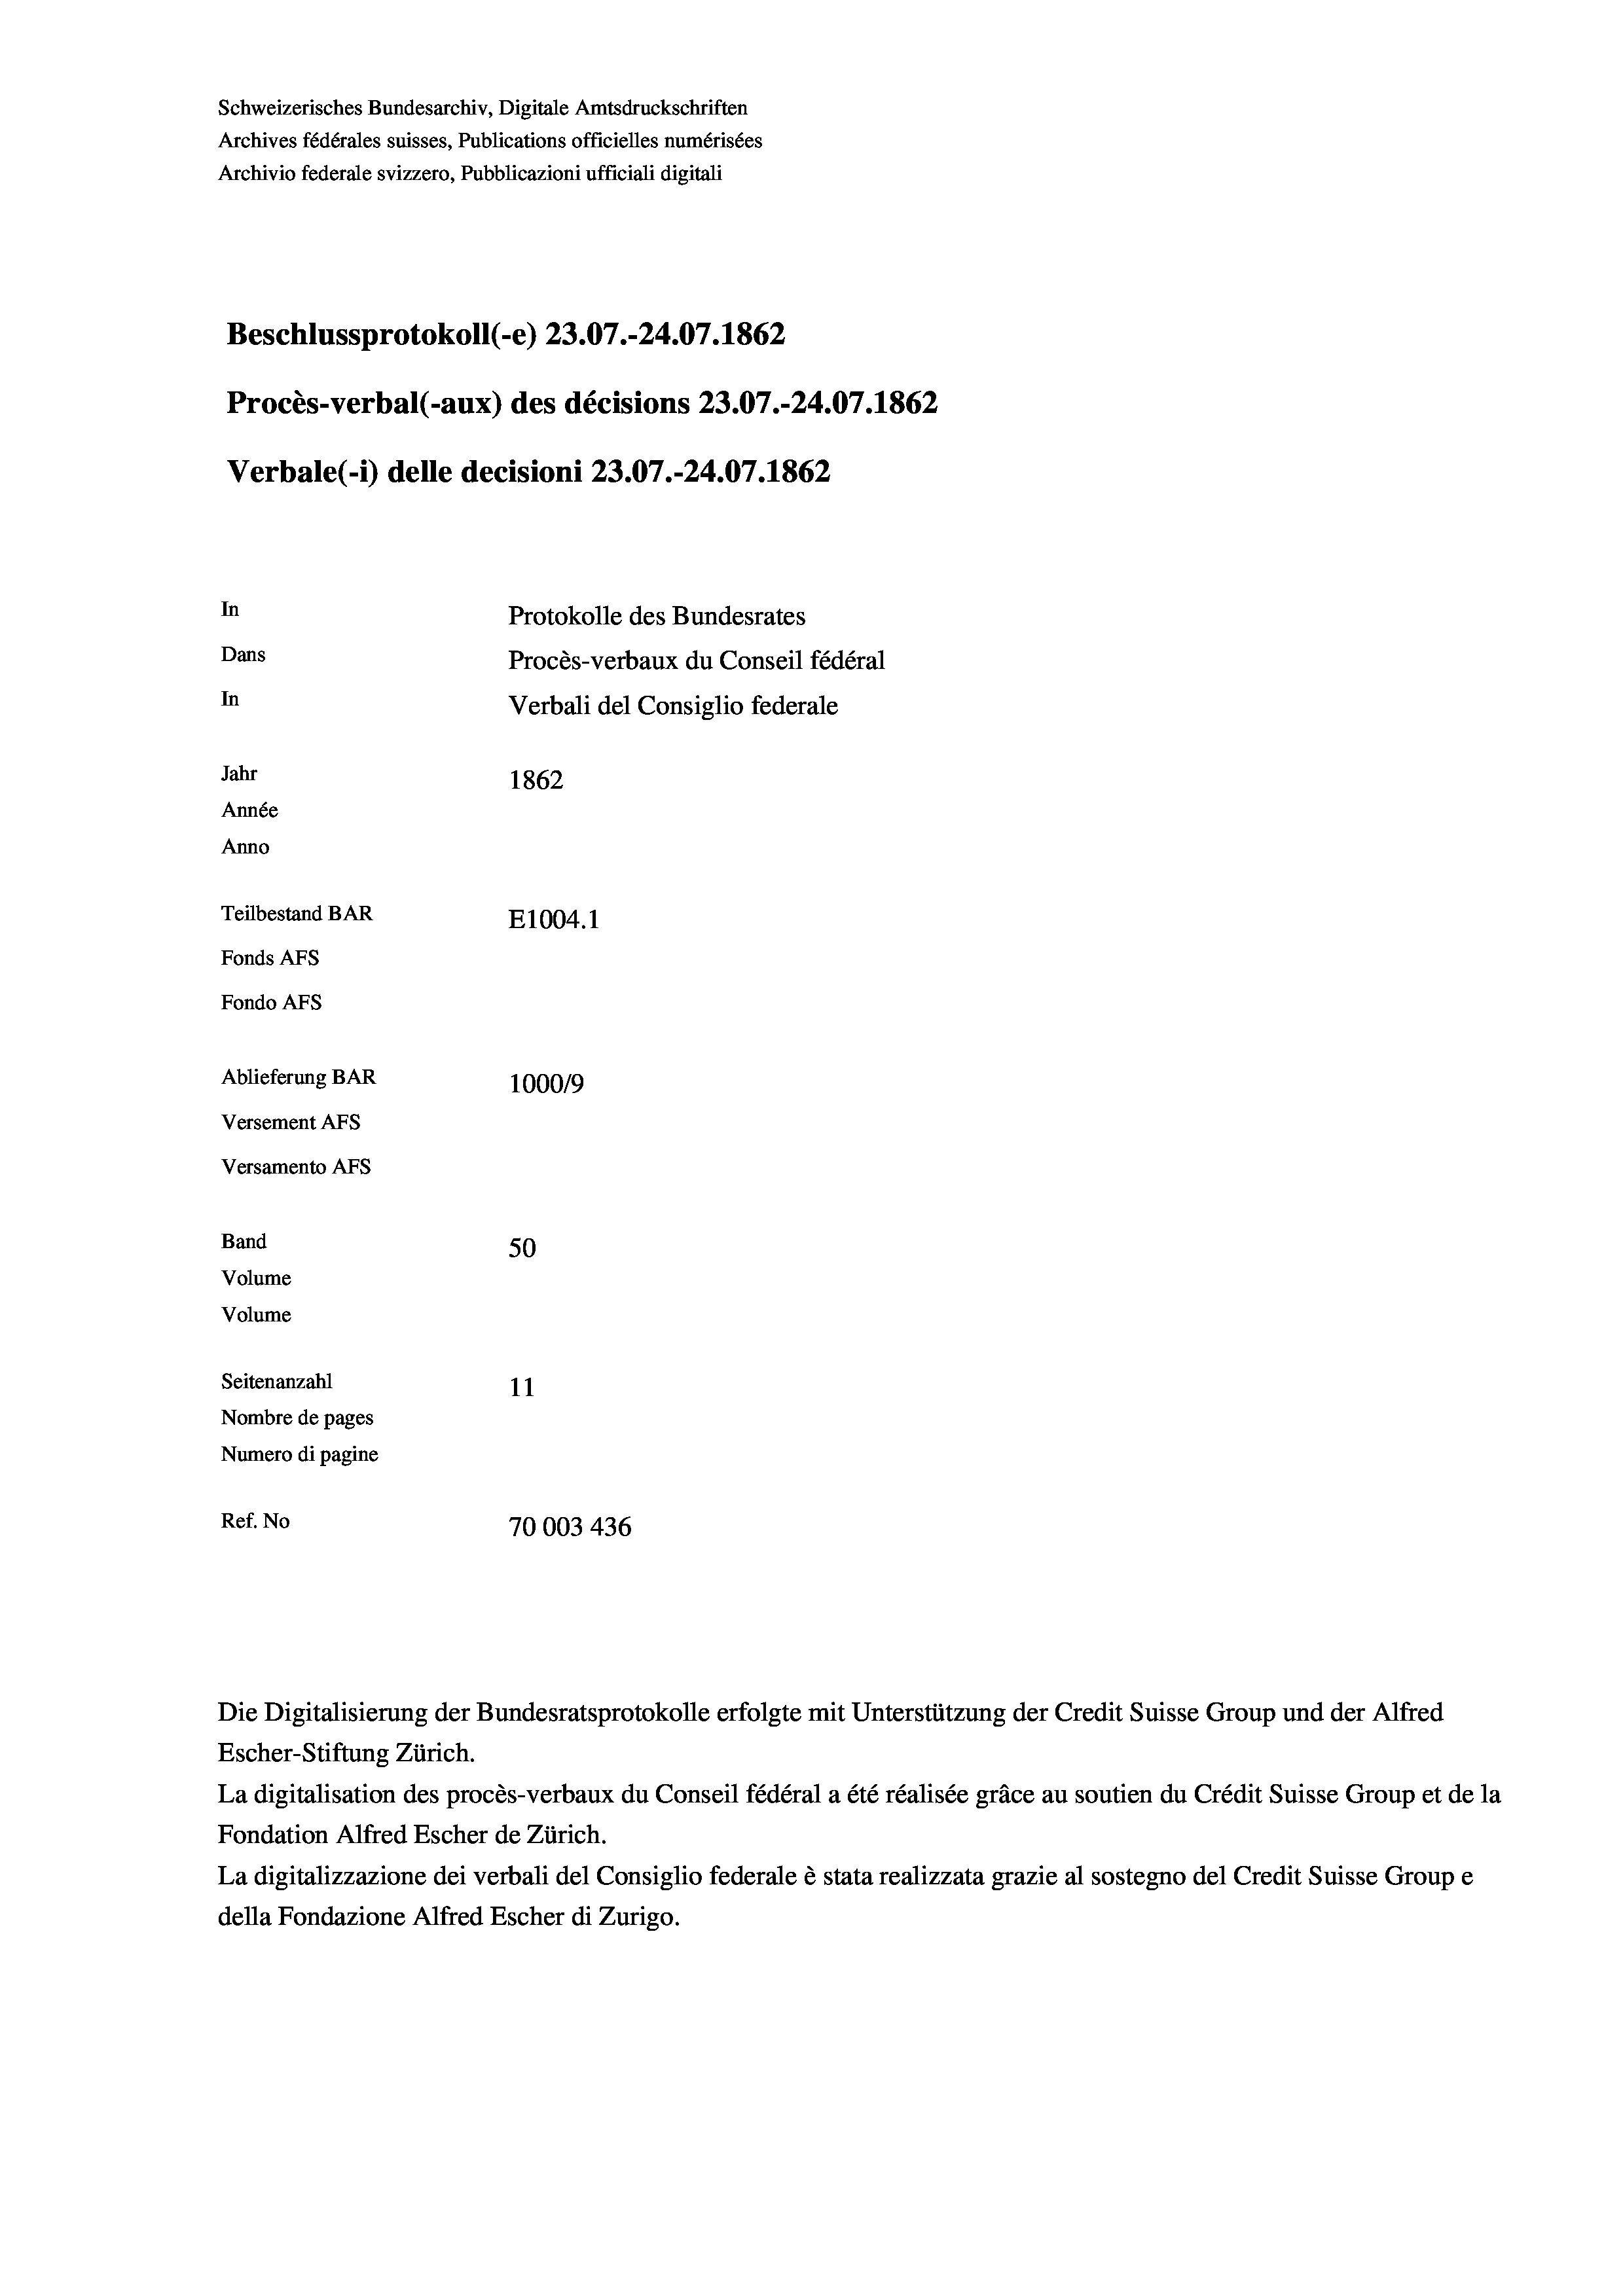
Beschlussprotokoll (-e) 23.07.-24.07. 1862
In
Protokolle des Bundesrates
Dans
Procès-verbaux du Conseil fédéral
In
Verbali del Consiglio federale
Jahr
1862
Année
Anno
Teilbestand BAR
E1004. 1
Fonds AFs
Fondo AFS

50
Seitenanzahl
11
Nombre de pages
Numero di pagine
Ref. No
70003 436

Ablieferung BAR
Versement As
Versamento Afs
Band
Volume
Volume

Schweizerisches Bundesarchiv, Digitale Amtsdruckschriften
Archives fédérales suisses, Publications officielles numérisées
Archivio federale svizzero, Pubblicazioni ufficiali digitali

Procès-verbal (-aux) des décisions 23.07.-24.07. 1862

Verbale(- 1) delle decisioni 23.07.-24.07. 1862

100019

Die Digitalisierung der Bundesratsprotokolle erfolgte mit Unterstützung der Credit Suisse Group und der Alfred

Escher-Stiftung Zürich.
La digitalisation des procès-verbaux du Conseil fédéral a été réalisée gräce au soutien du Crédit Suisse Group et de la
Fondation Alfred Escher de Zürich.
La digitalizzazione dei verbali del Consiglio federale è stata realizzata grazie al sostegno del Credit Suisse Groupe
della Fondazione Alfred Escher di Zurigo.